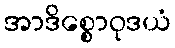
အာဒိစ္စောဝုဒယံ